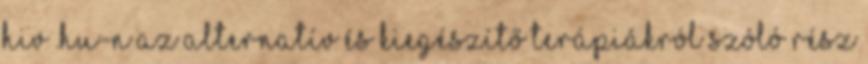
hiv .hu-n az alternatív és kiegészítő terápiákról szóló rész